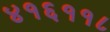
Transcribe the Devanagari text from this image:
४१६११८